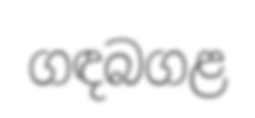
ගඳබගළ